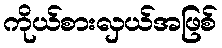
ကိုယ်စားလှယ်အဖြစ်